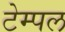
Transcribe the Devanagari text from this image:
टेम्‍पल